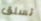
تسلق